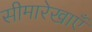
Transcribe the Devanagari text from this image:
सीमारेखाएँ